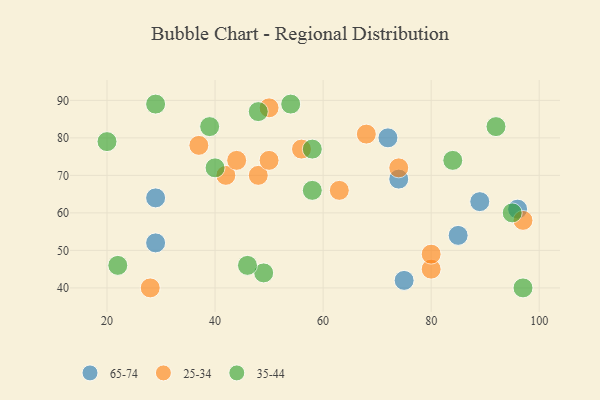
{"axis": {"x": "GDP", "y": "Life Expectancy"}, "legend": ["25-34", "35-44", "65-74"], "data": [{"x": "29", "y": 64, "type": "65-74"}, {"x": "85", "y": 54, "type": "65-74"}, {"x": "75", "y": 42, "type": "65-74"}, {"x": "72", "y": 80, "type": "65-74"}, {"x": "89", "y": 63, "type": "65-74"}, {"x": "29", "y": 52, "type": "65-74"}, {"x": "96", "y": 61, "type": "65-74"}, {"x": "74", "y": 69, "type": "65-74"}, {"x": "42", "y": 70, "type": "25-34"}, {"x": "80", "y": 45, "type": "25-34"}, {"x": "68", "y": 81, "type": "25-34"}, {"x": "50", "y": 88, "type": "25-34"}, {"x": "48", "y": 70, "type": "25-34"}, {"x": "28", "y": 40, "type": "25-34"}, {"x": "97", "y": 58, "type": "25-34"}, {"x": "80", "y": 49, "type": "25-34"}, {"x": "63", "y": 66, "type": "25-34"}, {"x": "50", "y": 74, "type": "25-34"}, {"x": "37", "y": 78, "type": "25-34"}, {"x": "56", "y": 77, "type": "25-34"}, {"x": "44", "y": 74, "type": "25-34"}, {"x": "74", "y": 72, "type": "25-34"}, {"x": "29", "y": 89, "type": "35-44"}, {"x": "49", "y": 44, "type": "35-44"}, {"x": "97", "y": 40, "type": "35-44"}, {"x": "46", "y": 46, "type": "35-44"}, {"x": "22", "y": 46, "type": "35-44"}, {"x": "39", "y": 83, "type": "35-44"}, {"x": "20", "y": 79, "type": "35-44"}, {"x": "92", "y": 83, "type": "35-44"}, {"x": "54", "y": 89, "type": "35-44"}, {"x": "95", "y": 60, "type": "35-44"}, {"x": "58", "y": 66, "type": "35-44"}, {"x": "58", "y": 77, "type": "35-44"}, {"x": "84", "y": 74, "type": "35-44"}, {"x": "40", "y": 72, "type": "35-44"}, {"x": "48", "y": 87, "type": "35-44"}]}